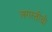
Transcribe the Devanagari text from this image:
अगस्तीची